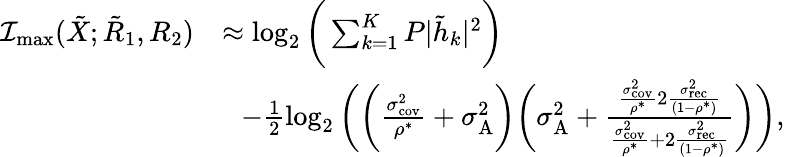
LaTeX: \begin{array}{rl}{\mathcal{I}_{\textrm{max}}({{{\tilde{X}}}};{{{\tilde{R}}}_{1}},{{{R}}_{2}})}&{\approx\log_{2}\bigg(\sum_{k=1}^{K}P|\tilde{h}_{k}|^{2}\bigg)}\\ &{\, \, \, \, -\frac{1}{2}\log_{2}\bigg(\bigg({{\frac{\sigma_{\textrm{cov}}^{2}}{\rho^{*}}}}+\sigma_{\textrm{A}}^{2}\bigg)\bigg({\sigma_{\textrm{A}}^{2}}+\frac{{{\frac{\sigma_{\textrm{cov}}^{2}}{\rho^{*}}}}2\frac{\sigma_{\textrm{rec}}^{2}}{(1-\rho^{*})}}{{{\frac{\sigma_{\textrm{cov}}^{2}}{\rho^{*}}}}+2\frac{\sigma_{\textrm{rec}}^{2}}{(1-\rho^{*})}}\bigg)\bigg),}\end{array}